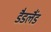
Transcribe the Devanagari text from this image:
डैडलैंड